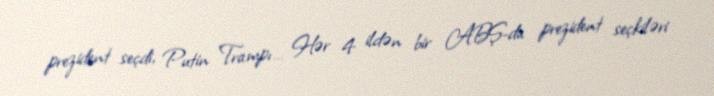
prezident seçdi, Putin Trampı… Hər 4 ildən bir ABŞ-da prezident seçkiləri